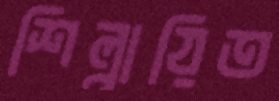
শিল্পায়িত